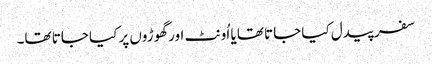
سفر پیدل کیا جاتا تھا یا اُونٹ اور گھوڑوں پر کیا جاتا تھا۔